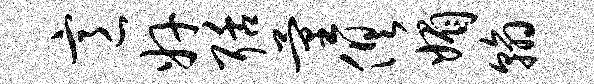
意奸聒量俱媚翰